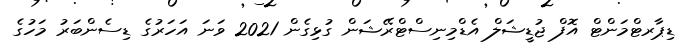
ޑިޕާރޓްމަންޓް އޮފް ޖުޑީޝަލް އެޑްމިނިސްޓްރޭޝަން ގުޅިގެން 2021 ވަނަ އަހަރުގެ ޑިސެންބަރު މަހުގެ